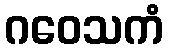
ဂဝေသကံ